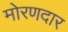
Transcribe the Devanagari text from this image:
मोरणदार